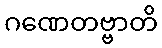
ဂဏေတဗ္ဗာတိ